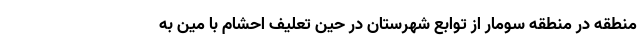
منطقه در منطقه سومار از توابع شهرستان در حین تعلیف احشام با مین به